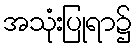
အသုံးပြုရာ၌